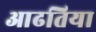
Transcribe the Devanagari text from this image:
आढतिया